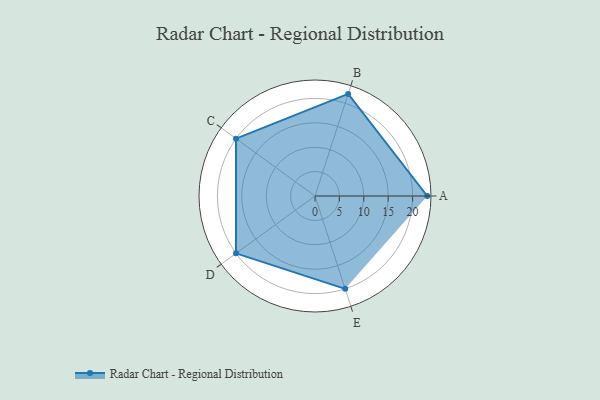
{"axis": {"x": "Skill", "y": "Score"}, "legend": ["Profile"], "data": [{"x": "A", "y": 23.0, "type": "Profile"}, {"x": "B", "y": 22.0, "type": "Profile"}, {"x": "C", "y": 20.0, "type": "Profile"}, {"x": "D", "y": 20, "type": "Profile"}, {"x": "E", "y": 20, "type": "Profile"}]}